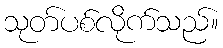
သုတ်ပစ်လိုက်သည်။